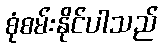
စုံစမ်းနိုင်ပါသည်